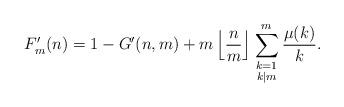
LaTeX: \begin{align*}F'_m(n) = 1 - G'(n,m) + m \left\lfloor \frac{n}{m} \right\rfloor \sum_{\begin{smallmatrix}k=1\\k|m \end{smallmatrix}}^m \frac{\mu(k)}{k}.\end{align*}